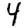
Digit: 4